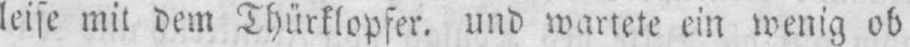
leise mit dem Thürklopfer. und wartete ein wenig ob